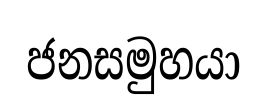
ජනසමුහයා